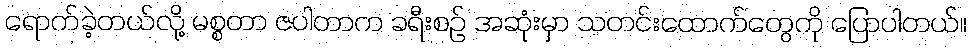
ရောက်ခဲ့တယ်လို့ မစ္စတာ ဇပါတာက ခရီးစဉ် အဆုံးမှာ သတင်းထောက်တွေကို ပြောပါတယ်။